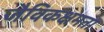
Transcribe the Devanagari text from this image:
जैविकक्षमता